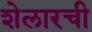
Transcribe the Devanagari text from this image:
शेलारची